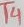
Text: T4